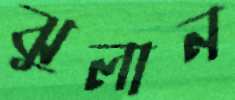
ঝুলান